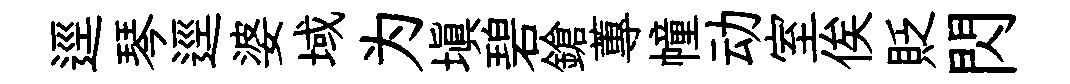
逕琴逕婆域为塡碧鎗蓴幢动室俟貶閃